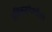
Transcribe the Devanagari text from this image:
अनिरुद्धदेखील